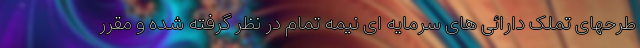
طرحهای تملک دارائی های سرمایه ای نیمه تمام در نظر گرفته شده و مقرر